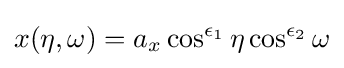
x(\eta ,\omega )=a_{x}\cos ^{\epsilon _{1}}\eta \cos ^{\epsilon _{2}}\omega